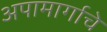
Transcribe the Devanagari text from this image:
अपामार्गाचे